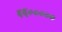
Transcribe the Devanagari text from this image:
६६०००००